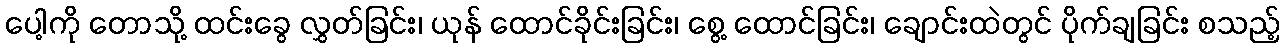
ပေါ့ကို တောသို့ ထင်းခွေ လွှတ်ခြင်း၊ ယုန် ထောင်ခိုင်းခြင်း၊ စွေ့ ထောင်ခြင်း၊ ချောင်းထဲတွင် ပိုက်ချခြင်း စသည့်